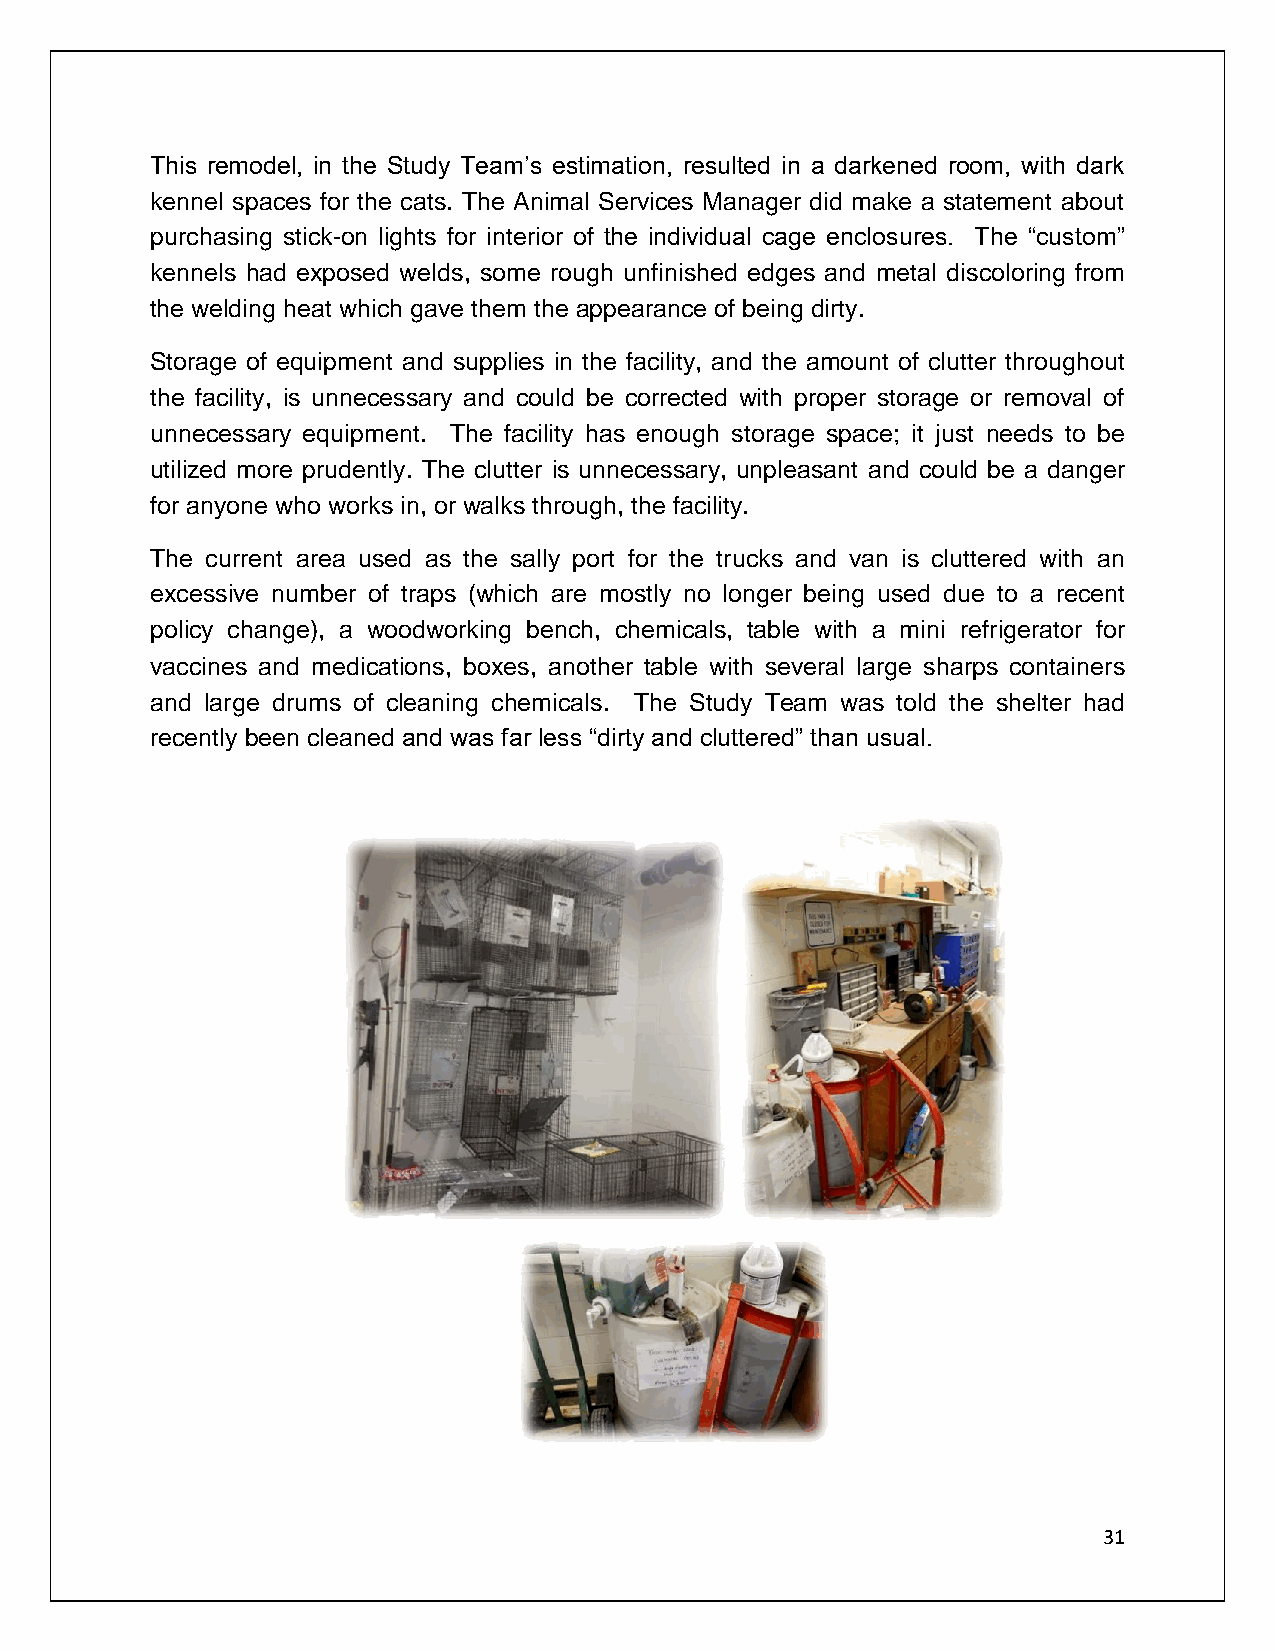
This remodel, in the Study Team’s estimation, resulted in a darkened room, with dark
 kennel spaces for the cats. The Animal Services Manager did make a statement about
 purchasing stick-on lights for interior of the individual cage enclosures. The “custom”
 kennels had exposed welds, some rough unfinished edges and metal discoloring from
 the welding heat which gave them the appearance of being dirty.
 Storage of equipment and supplies in the facility, and the amount of clutter throughout
 the facility, is unnecessary and could be corrected with proper storage or removal of
 unnecessary equipment. The facility has enough storage space; it just needs to be
 utilized more prudently. The clutter is unnecessary, unpleasant and could be a danger
 for anyone who works in, or walks through, the facility.
 The current area used as the sally port for the trucks and van is cluttered with an
 excessive number of traps (which are mostly no longer being used due to a recent
 policy change), a woodworking bench, chemicals, table with a mini refrigerator for
 vaccines and medications, boxes, another table with several large sharps containers
 and large drums of cleaning chemicals. The Study Team was told the shelter had
 recently been cleaned and was far less “dirty and cluttered” than usual.
 31